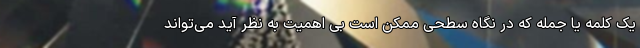
یک کلمه یا جمله که در نگاه سطحی ممکن است بی اهمیت به نظر آید می‌تواند